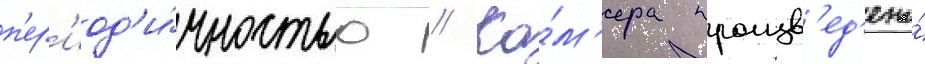
п'ер'иод'и́чностью // Ка́м'ера произв'ед'ена́